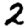
Digit: 2